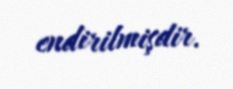
endirilmişdir.